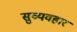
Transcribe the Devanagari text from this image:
सुव्यवहार